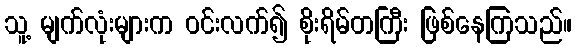
သူ့ မျက်လုံးများက ဝင်းလက်၍ စိုးရိမ်တကြီး ဖြစ်နေကြသည်။